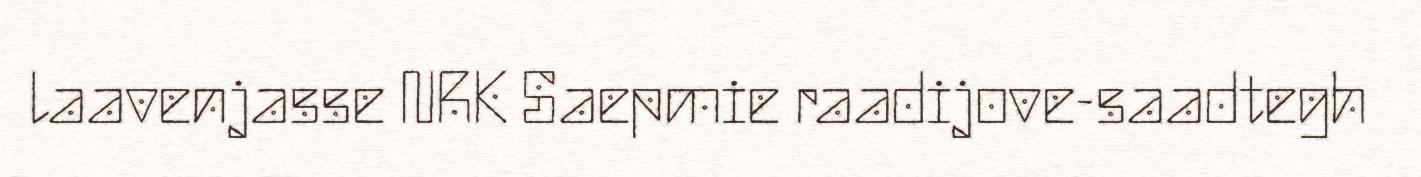
laavenjasse NRK Saepmie raadijove-saadtegh